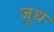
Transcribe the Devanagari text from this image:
जुध